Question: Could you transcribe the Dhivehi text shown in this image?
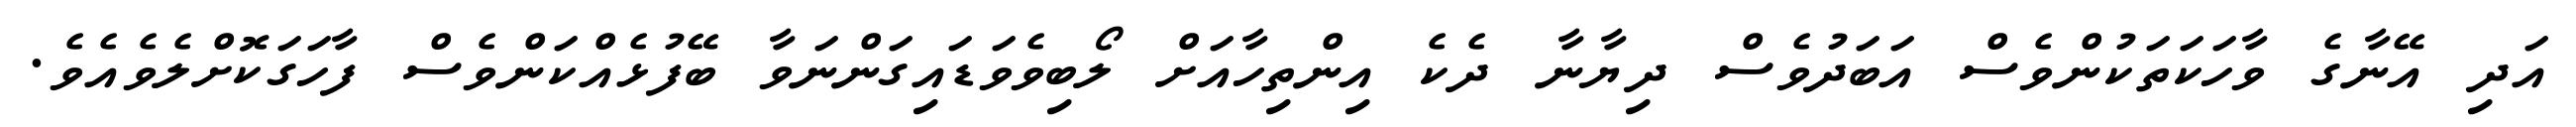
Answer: އަދި އޭނާގެ ވާހަކަތަކުންވެސް އަބަދުވެސް ދިޔާނާ ދެކެ އިންތިހާއަށް ލޯބިވެވަޑައިގަންނަވާ ބޭފުޅެއްކަންވެސް ފާހަގަކޮށްލެވެއެވެ.